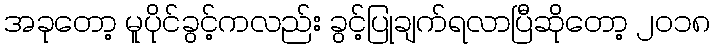
အခုတော့ မူပိုင်ခွင့်ကလည်း ခွင့်ပြုချက်ရလာပြီဆိုတော့ ၂၀၁၈